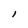
Character: i